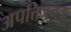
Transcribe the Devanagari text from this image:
अपत्तिजनक